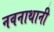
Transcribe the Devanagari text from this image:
नवनाथानी